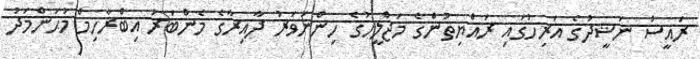
ރައީސް ނަޝީދުގެ އަރިހުގައި ރައްޔިތުންގެ މަޖްލީހުގެ ހިންނަވަރު ދާއިރާގެ މެންބަރު އިބްރާހިމް މުޙަންމަދު